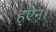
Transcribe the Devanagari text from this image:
ह्ऐन।